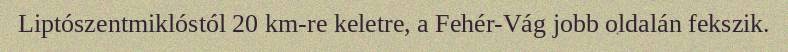
Liptószentmiklóstól 20 km-re keletre, a Fehér-Vág jobb oldalán fekszik.